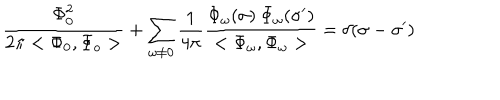
\frac { \Phi _ { 0 } ^ { 2 } } { 2 \pi < \Phi _ { 0 } , \Phi _ { o } > } + \sum _ { \omega \neq 0 } \frac { 1 } { 4 \pi } \frac { \Phi _ { \omega } ( \sigma ) \: \Phi _ { \omega } ( \sigma ^ { \prime } ) } { < \Phi _ { \omega } , \Phi _ { \omega } > } = \delta ( \sigma - { \sigma ^ { \prime } } )